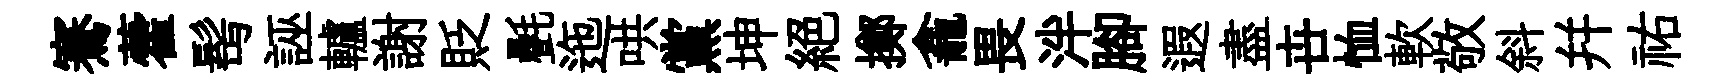
騫藿髩誣轤謝貶㲲迤哄黨坤絶擲龕畏泮腳遐盡卋恤軟敬斜幷祐